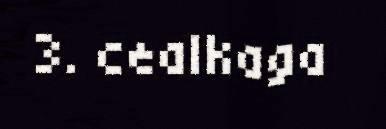
3. cealkaga